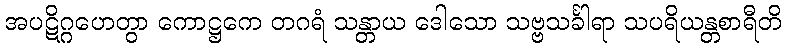
အပဋိဂ္ဂဟေတွာ ကောဋ္ဌကေ တဂရံ သန္တာယ ဒေါသော သဗ္ဗသင်္ခါရာ သပရိယန္တစာရီတိ